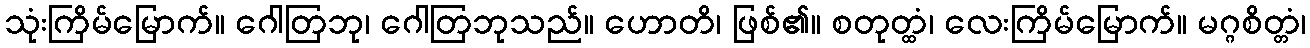
သုံးကြိမ်မြောက်။ ဂေါတြဘု၊ ဂေါတြဘုသည်။ ဟောတိ၊ ဖြစ်၏။ စတုတ္ထံ၊ လေးကြိမ်မြောက်။ မဂ္ဂစိတ္တံ၊